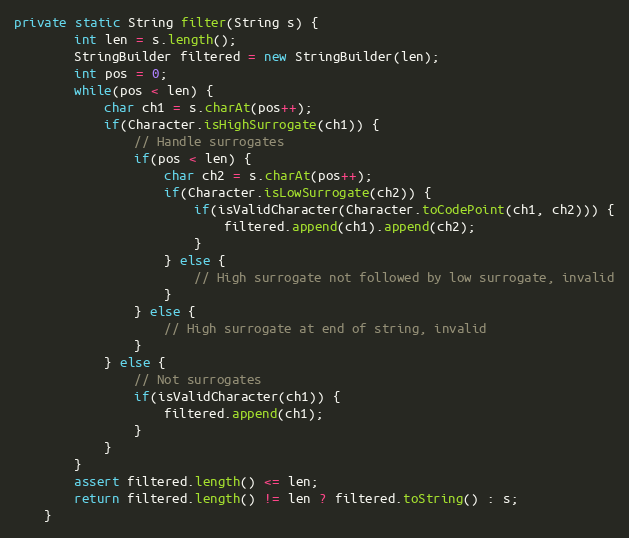
Language: Java
private static String filter(String s) {
		int len = s.length();
		StringBuilder filtered = new StringBuilder(len);
		int pos = 0;
		while(pos < len) {
			char ch1 = s.charAt(pos++);
			if(Character.isHighSurrogate(ch1)) {
				// Handle surrogates
				if(pos < len) {
					char ch2 = s.charAt(pos++);
					if(Character.isLowSurrogate(ch2)) {
						if(isValidCharacter(Character.toCodePoint(ch1, ch2))) {
							filtered.append(ch1).append(ch2);
						}
					} else {
						// High surrogate not followed by low surrogate, invalid
					}
				} else {
					// High surrogate at end of string, invalid
				}
			} else {
				// Not surrogates
				if(isValidCharacter(ch1)) {
					filtered.append(ch1);
				}
			}
		}
		assert filtered.length() <= len;
		return filtered.length() != len ? filtered.toString() : s;
	}